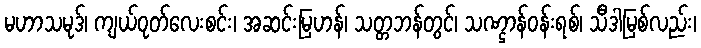
မဟာသမုဒ်၊ ကျယ်ဝုတ်လေးစင်း၊ အဆင်းမြဟန်၊ သတ္တဘန်တွင်၊ သဏ္ဌာန်ဝန်းရစ်၊ သီဒါမြစ်လည်း၊